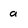
Character: a